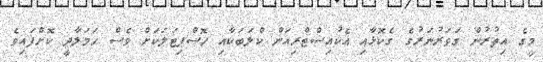
މީގެ އިތުރުން ގަވަރުނަރުގެ ގެކޮޅާއި އެކުއިސްޓްރިއަން ކްލަބަކާއި ހޮސްޕިޓަލަކަށް ވެސް ހަމަލާދީ ކޮށްފައިވެ